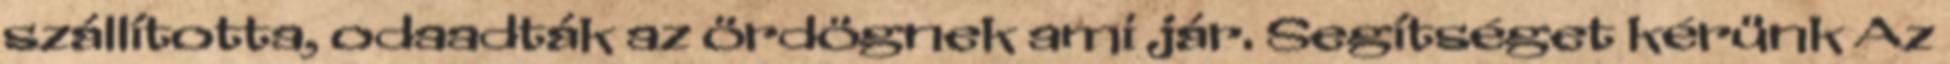
szállította, odaadták az ördögnek ami jár. Segítséget kérünk Az